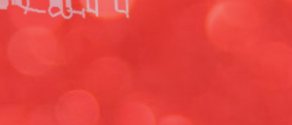
مصنع الأخشاب يضمن لكم جود